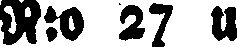
N:o 27 u